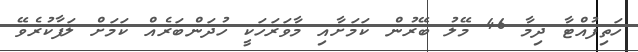
ހަތިފުއްޓާ ދިމާ 46 މޭލު ބޭރުން ކަމަށާއި މާވަރަހަކީ ހުދަންބަރެއް ކަމަށް ލަފާކުރެވޭ